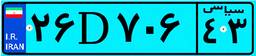
۰۴D۷۸۴۱۶